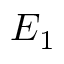
E _ { 1 }